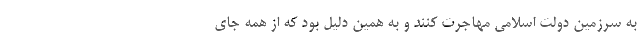
به سرزمين دولت اسلامي مهاجرت كنند و به همين دليل بود كه از همه جاي